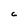
Character: C